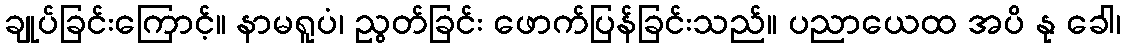
ချုပ်ခြင်းကြောင့်။ နာမရူပံ၊ ညွတ်ခြင်း ဖောက်ပြန်ခြင်းသည်။ ပညာယေထ အပိ နု ခေါ၊